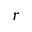
r